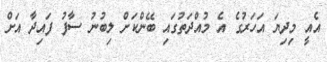
އެއީ މިދިޔަ އަހަރުގެ އެ މުއްދަތުގައި ބޭންކަށް ލިބުނު ސާފު ފައިދާ އަށް